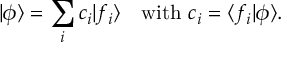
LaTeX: | \phi \rangle = \sum _ { i } c _ { i } | f _ { i } \rangle \quad { \mathrm { w i t h ~ } } c _ { i } = \langle f _ { i } | \phi \rangle .